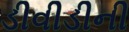
ડીવીડીની